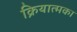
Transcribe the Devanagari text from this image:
क्रियात्मका